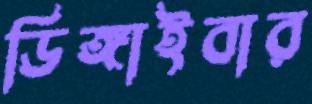
ডিঙ্গাইবার